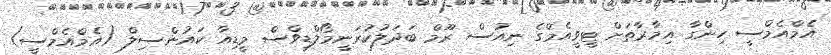
އެމްއެމްސީ ހިންގާ އިމާރާތަށް ޓީވީއެމްގެ ނިއުސް ރޫމް ބަދަލުކުރަނީމޯލްޑިވްސް މީޑިއާ ކައުންސިލް (އެމްއެމްސީ)